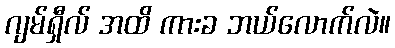
ဂျမ်ရှီလ် အထိ ကားခ ဘယ်လောက်လဲ။